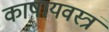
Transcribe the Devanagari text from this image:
काषायवस्त्रं